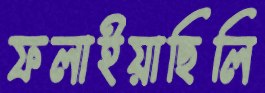
ফলাইয়াছিলি